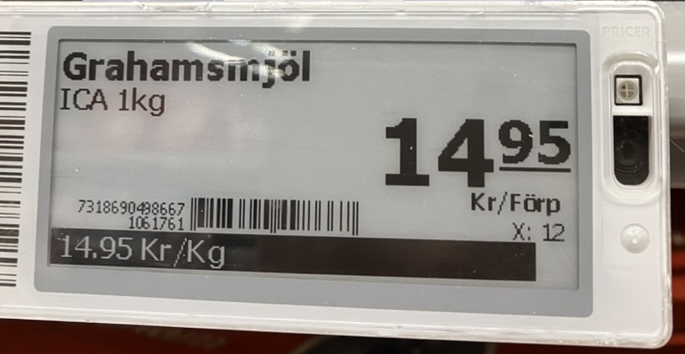
Vara: Grahamsmjöl
Genomsnittspris: 14.95 per kg